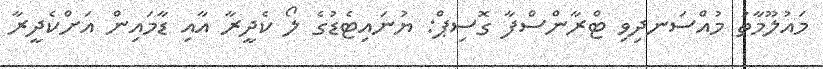
މައުލޫމާތު މުއްސަނދިވި ޓްރާންސްފާ ގޮސިޕް: ޔުނައިޓެޑުގެ ލޯ ކެދީރާ އާއި ޑާމައިން އަށްކެދީރާ